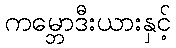
ကမ္ဘောဒီးယားနှင့်